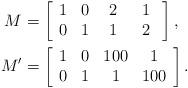
LaTeX: \begin{align*}M &= \left[ \begin{array}{cccc} 1 & 0 &\ 2\ & 1 \\ 0 & 1 & 1 &\ 2\ \end{array} \right], \\M' &= \left[ \begin{array}{cccc} 1 & 0 & 100 & 1 \\ 0 & 1 & 1 & 100 \end{array} \right].\end{align*}